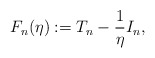
\begin{align*}F_n(\eta) : = T_n - \frac{1}{\eta}I_n,\end{align*}